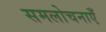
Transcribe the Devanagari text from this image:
समलोचनाएँ